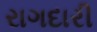
રાગદારી